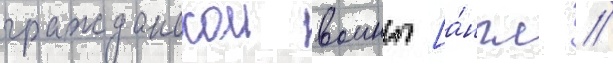
гражданскои воины [а́нгл. /